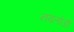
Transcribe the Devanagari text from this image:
नवलोजी